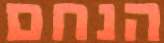
הנחם